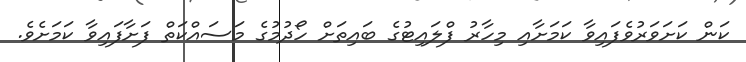
ކަން ކަށަވަރުވެފައިވާ ކަމަށާއި މިހާރު ފްލައިޓުގެ ބައިތަށް ހޯދުމުގެ މަސައްކަތް ފަށާފައިވާ ކަމަށެވެ.